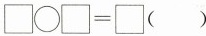
$$\Box \bigcirc \Box = \Box ( )$$